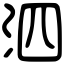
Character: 泗